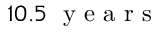
1 0 . 5 \; \textrm { y e a r s }